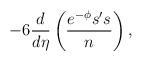
LaTeX: \begin{align*}-6 \frac{d}{d\eta} \left(\frac{e^{-\phi}s's}{n}\right),\end{align*}